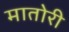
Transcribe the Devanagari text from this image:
मातोरी